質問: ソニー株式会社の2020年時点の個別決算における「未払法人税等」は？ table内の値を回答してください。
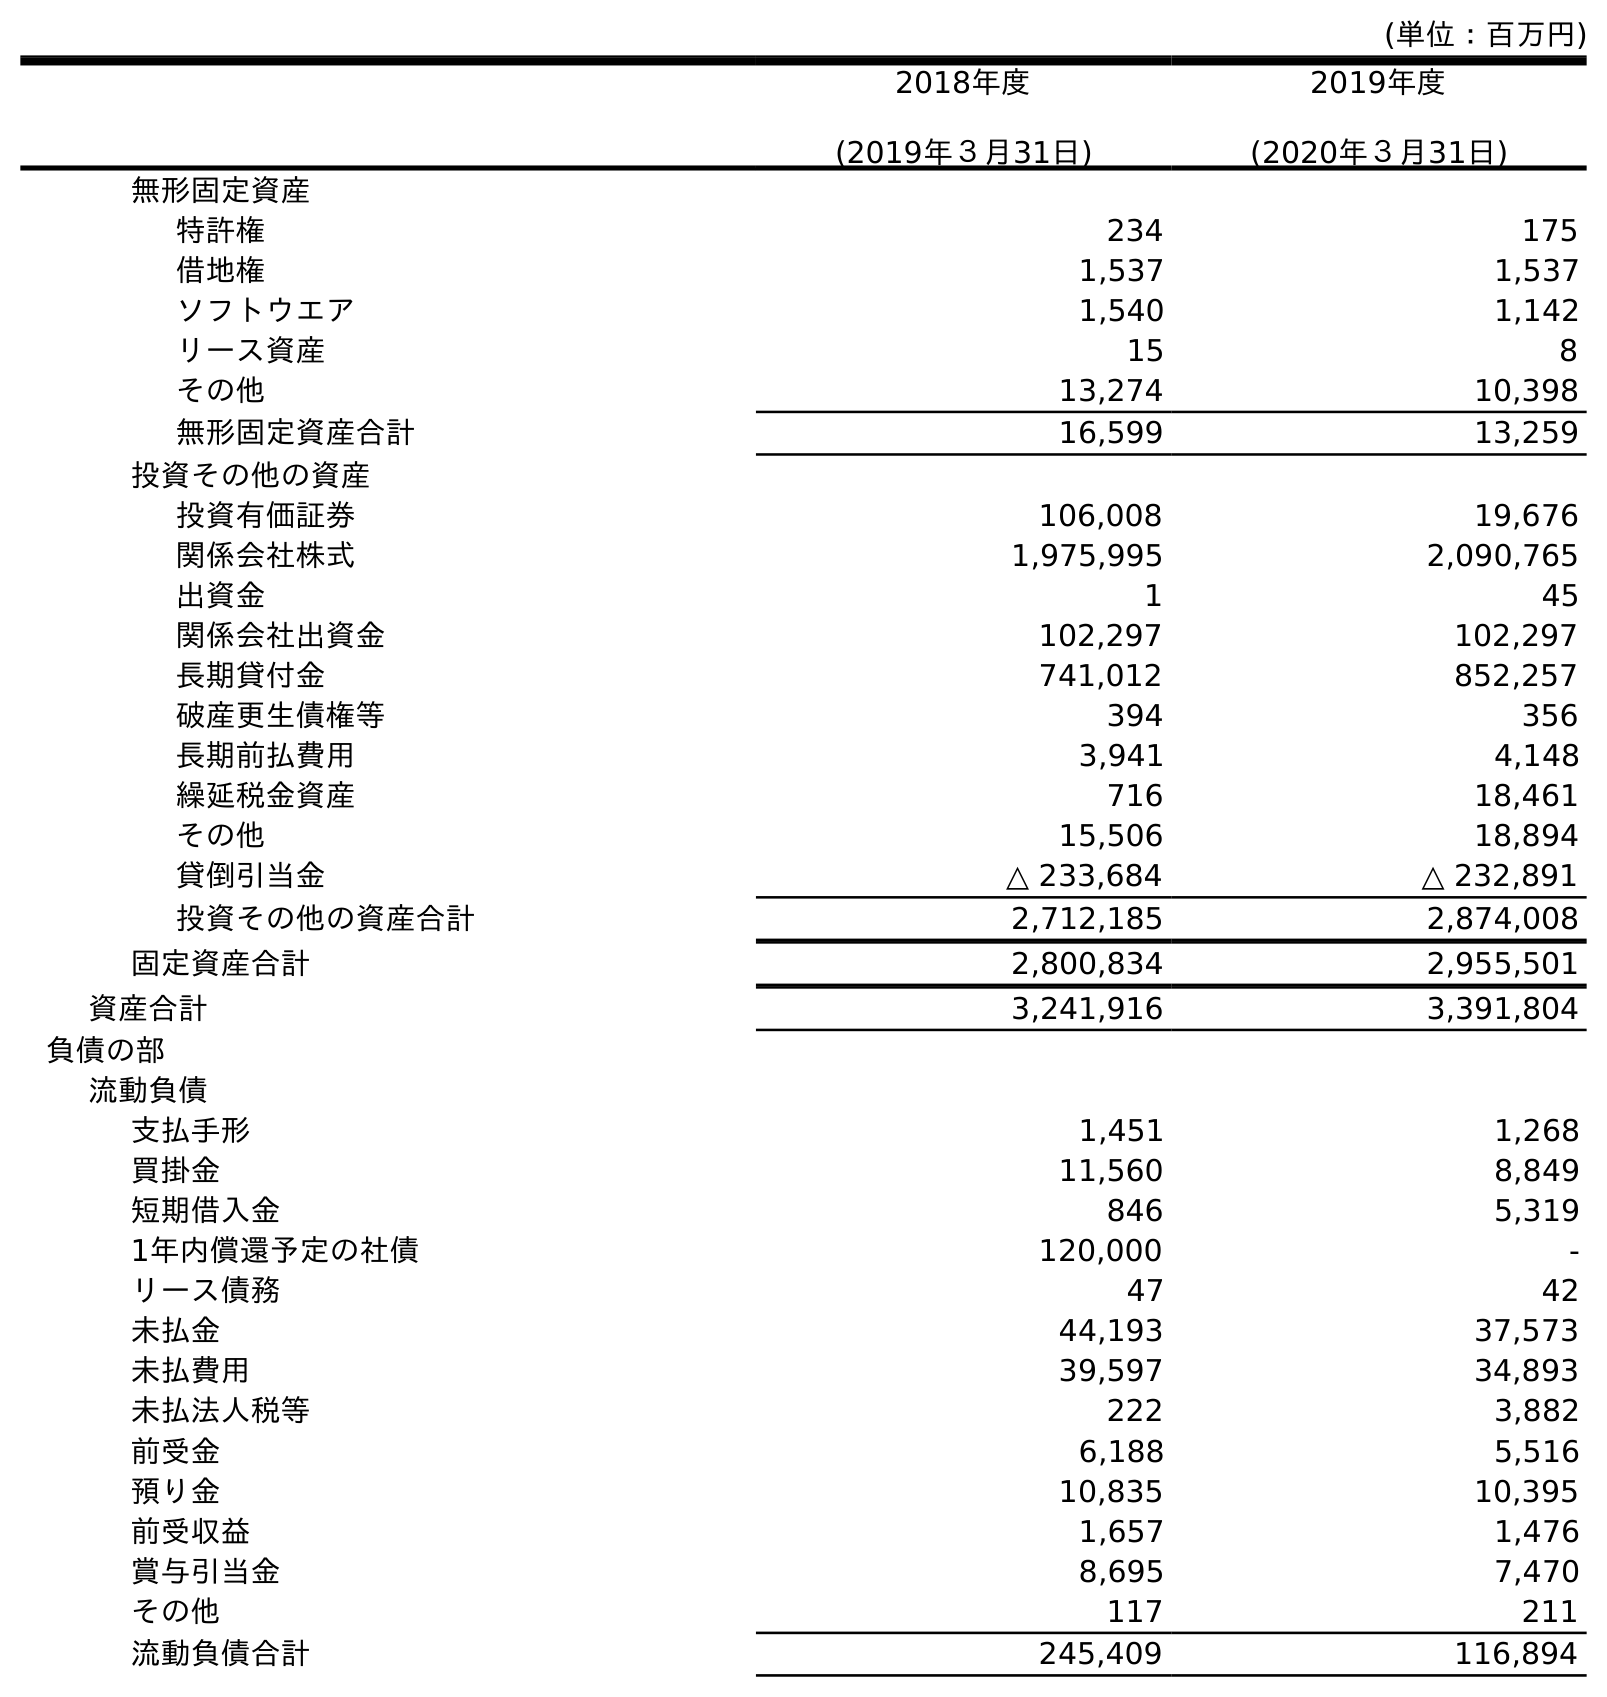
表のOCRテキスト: (単位：百万円) 2018年度 (2019年３月31日) 2019年度 (2020年３月31日) 無形固定資産 特許権 234 175 借地権 1,537 1,537 ソフトウエア 1,540 1,142 リース資産 15 8 その他 13,274 10,398 無形固定資産合計 16,599 13,259 投資その他の資産 投資有価証券 106,008 19,676 関係会社株式 1,975,995 2,090,765 出資金 1 45 関係会社出資金 102,297 102,297 長期貸付金 741,012 852,257 破産更生債権等 394 356 長期前払費用 3,941 4,148 繰延税金資産 716 18,461 その他 15,506 18,894 貸倒引当金 △ 233,684 △ 232,891 投資その他の資産合計 2,712,185 2,874,008 固定資産合計 2,800,834 2,955,501 資産合計 3,241,916 3,391,804 負債の部 流動負債 支払手形 1,451 1,268 買掛金 11,560 8,849 短期借入金 846 5,319 1年内償還予定の社債 120,000 - リース債務 47 42 未払金 44,193 37,573 未払費用 39,597 34,893 未払法人税等 222 3,882 前受金 6,188 5,516 預り金 10,835 10,395 前受収益 1,657 1,476 賞与引当金 8,695 7,470 その他 117 211 流動負債合計 245,409 116,894
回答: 3,882